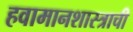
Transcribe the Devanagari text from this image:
हवामानशास्त्राची